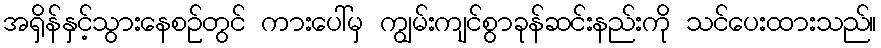
အရှိန်နှင့်သွားနေစဉ်တွင် ကားပေါ်မှ ကျွမ်းကျင်စွာခုန်ဆင်းနည်းကို သင်ပေးထားသည်။